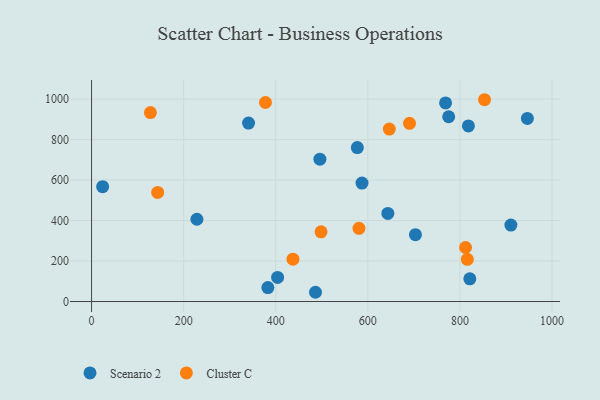
{"axis": {"x": "Ad Spend", "y": "Profit"}, "legend": ["Cluster C", "Scenario 2"], "data": [{"x": "703.4", "y": 330.4, "type": "Scenario 2"}, {"x": "587.3", "y": 585.2, "type": "Scenario 2"}, {"x": "910.7", "y": 377.5, "type": "Scenario 2"}, {"x": "821.5", "y": 112.0, "type": "Scenario 2"}, {"x": "228.8", "y": 406.5, "type": "Scenario 2"}, {"x": "946.5", "y": 904.7, "type": "Scenario 2"}, {"x": "577.2", "y": 760.5, "type": "Scenario 2"}, {"x": "382.9", "y": 68.9, "type": "Scenario 2"}, {"x": "495.9", "y": 703.6, "type": "Scenario 2"}, {"x": "775.6", "y": 913.0, "type": "Scenario 2"}, {"x": "486.3", "y": 45.7, "type": "Scenario 2"}, {"x": "340.9", "y": 881.7, "type": "Scenario 2"}, {"x": "24.0", "y": 567.5, "type": "Scenario 2"}, {"x": "818.4", "y": 867.6, "type": "Scenario 2"}, {"x": "643.5", "y": 435.3, "type": "Scenario 2"}, {"x": "768.8", "y": 981.5, "type": "Scenario 2"}, {"x": "404.0", "y": 119.0, "type": "Scenario 2"}, {"x": "377.7", "y": 983.3, "type": "Cluster C"}, {"x": "437.4", "y": 209.4, "type": "Cluster C"}, {"x": "853.5", "y": 997.1, "type": "Cluster C"}, {"x": "127.8", "y": 933.7, "type": "Cluster C"}, {"x": "812.2", "y": 266.9, "type": "Cluster C"}, {"x": "498.4", "y": 344.3, "type": "Cluster C"}, {"x": "646.6", "y": 852.2, "type": "Cluster C"}, {"x": "580.8", "y": 361.8, "type": "Cluster C"}, {"x": "690.5", "y": 880.3, "type": "Cluster C"}, {"x": "143.5", "y": 538.9, "type": "Cluster C"}, {"x": "816.1", "y": 208.4, "type": "Cluster C"}]}